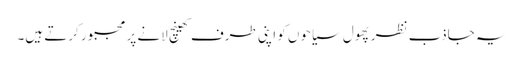
یہ جاذب نظر پھول سیاحوں کو اپنی طرف کھینچ لانے پر مجبور کرتے ہیں۔